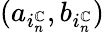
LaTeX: (a_{i_{n}^{\mathbb{C}}},b_{i_{n}^{\mathbb{C}}})